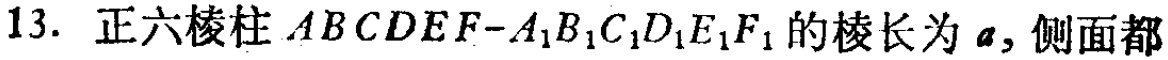
13. 正六棱柱 \(ABCDEF - A_{1}B_{1}C_{1}D_{1}E_{1}F_{1}\) 的棱长为 \(a\)，侧面都